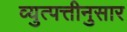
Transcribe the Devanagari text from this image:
व्युत्पत्तीनुसार